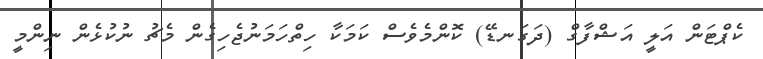
ކެޕްޓަން އަލީ އަޝްފާގް (ދަގަނޑޭ) ކޮންމެވެސް ކަމަކާ ހިތްހަމަނުޖެހިގެން މެޗު ނުކުޅެން ނިންމީ